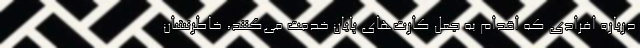
درباره افرادی که اقدام به جعل کارت‌های پایان خدمت می‌کنند، خاطرنشان